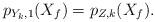
LaTeX: \begin{align*} p_{Y_k,1}(X_f) = p_{Z,k}(X_f). \end{align*}